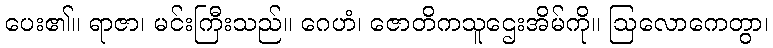
ပေး၏။ ရာဇာ၊ မင်းကြီးသည်။ ဂေဟံ၊ ဇောတိကသူဌေးအိမ်ကို။ ဩလောကေတွာ၊